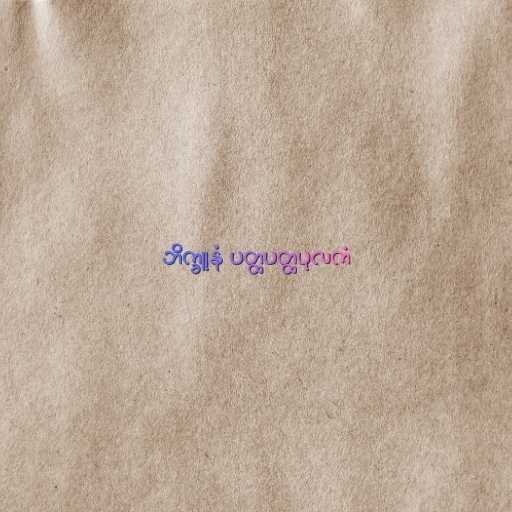
ဘိက္ခူနံ ပတ္ထပတ္ထပုလကံ